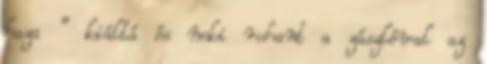
haza " kiáltá és neki rohant a zászlóval az